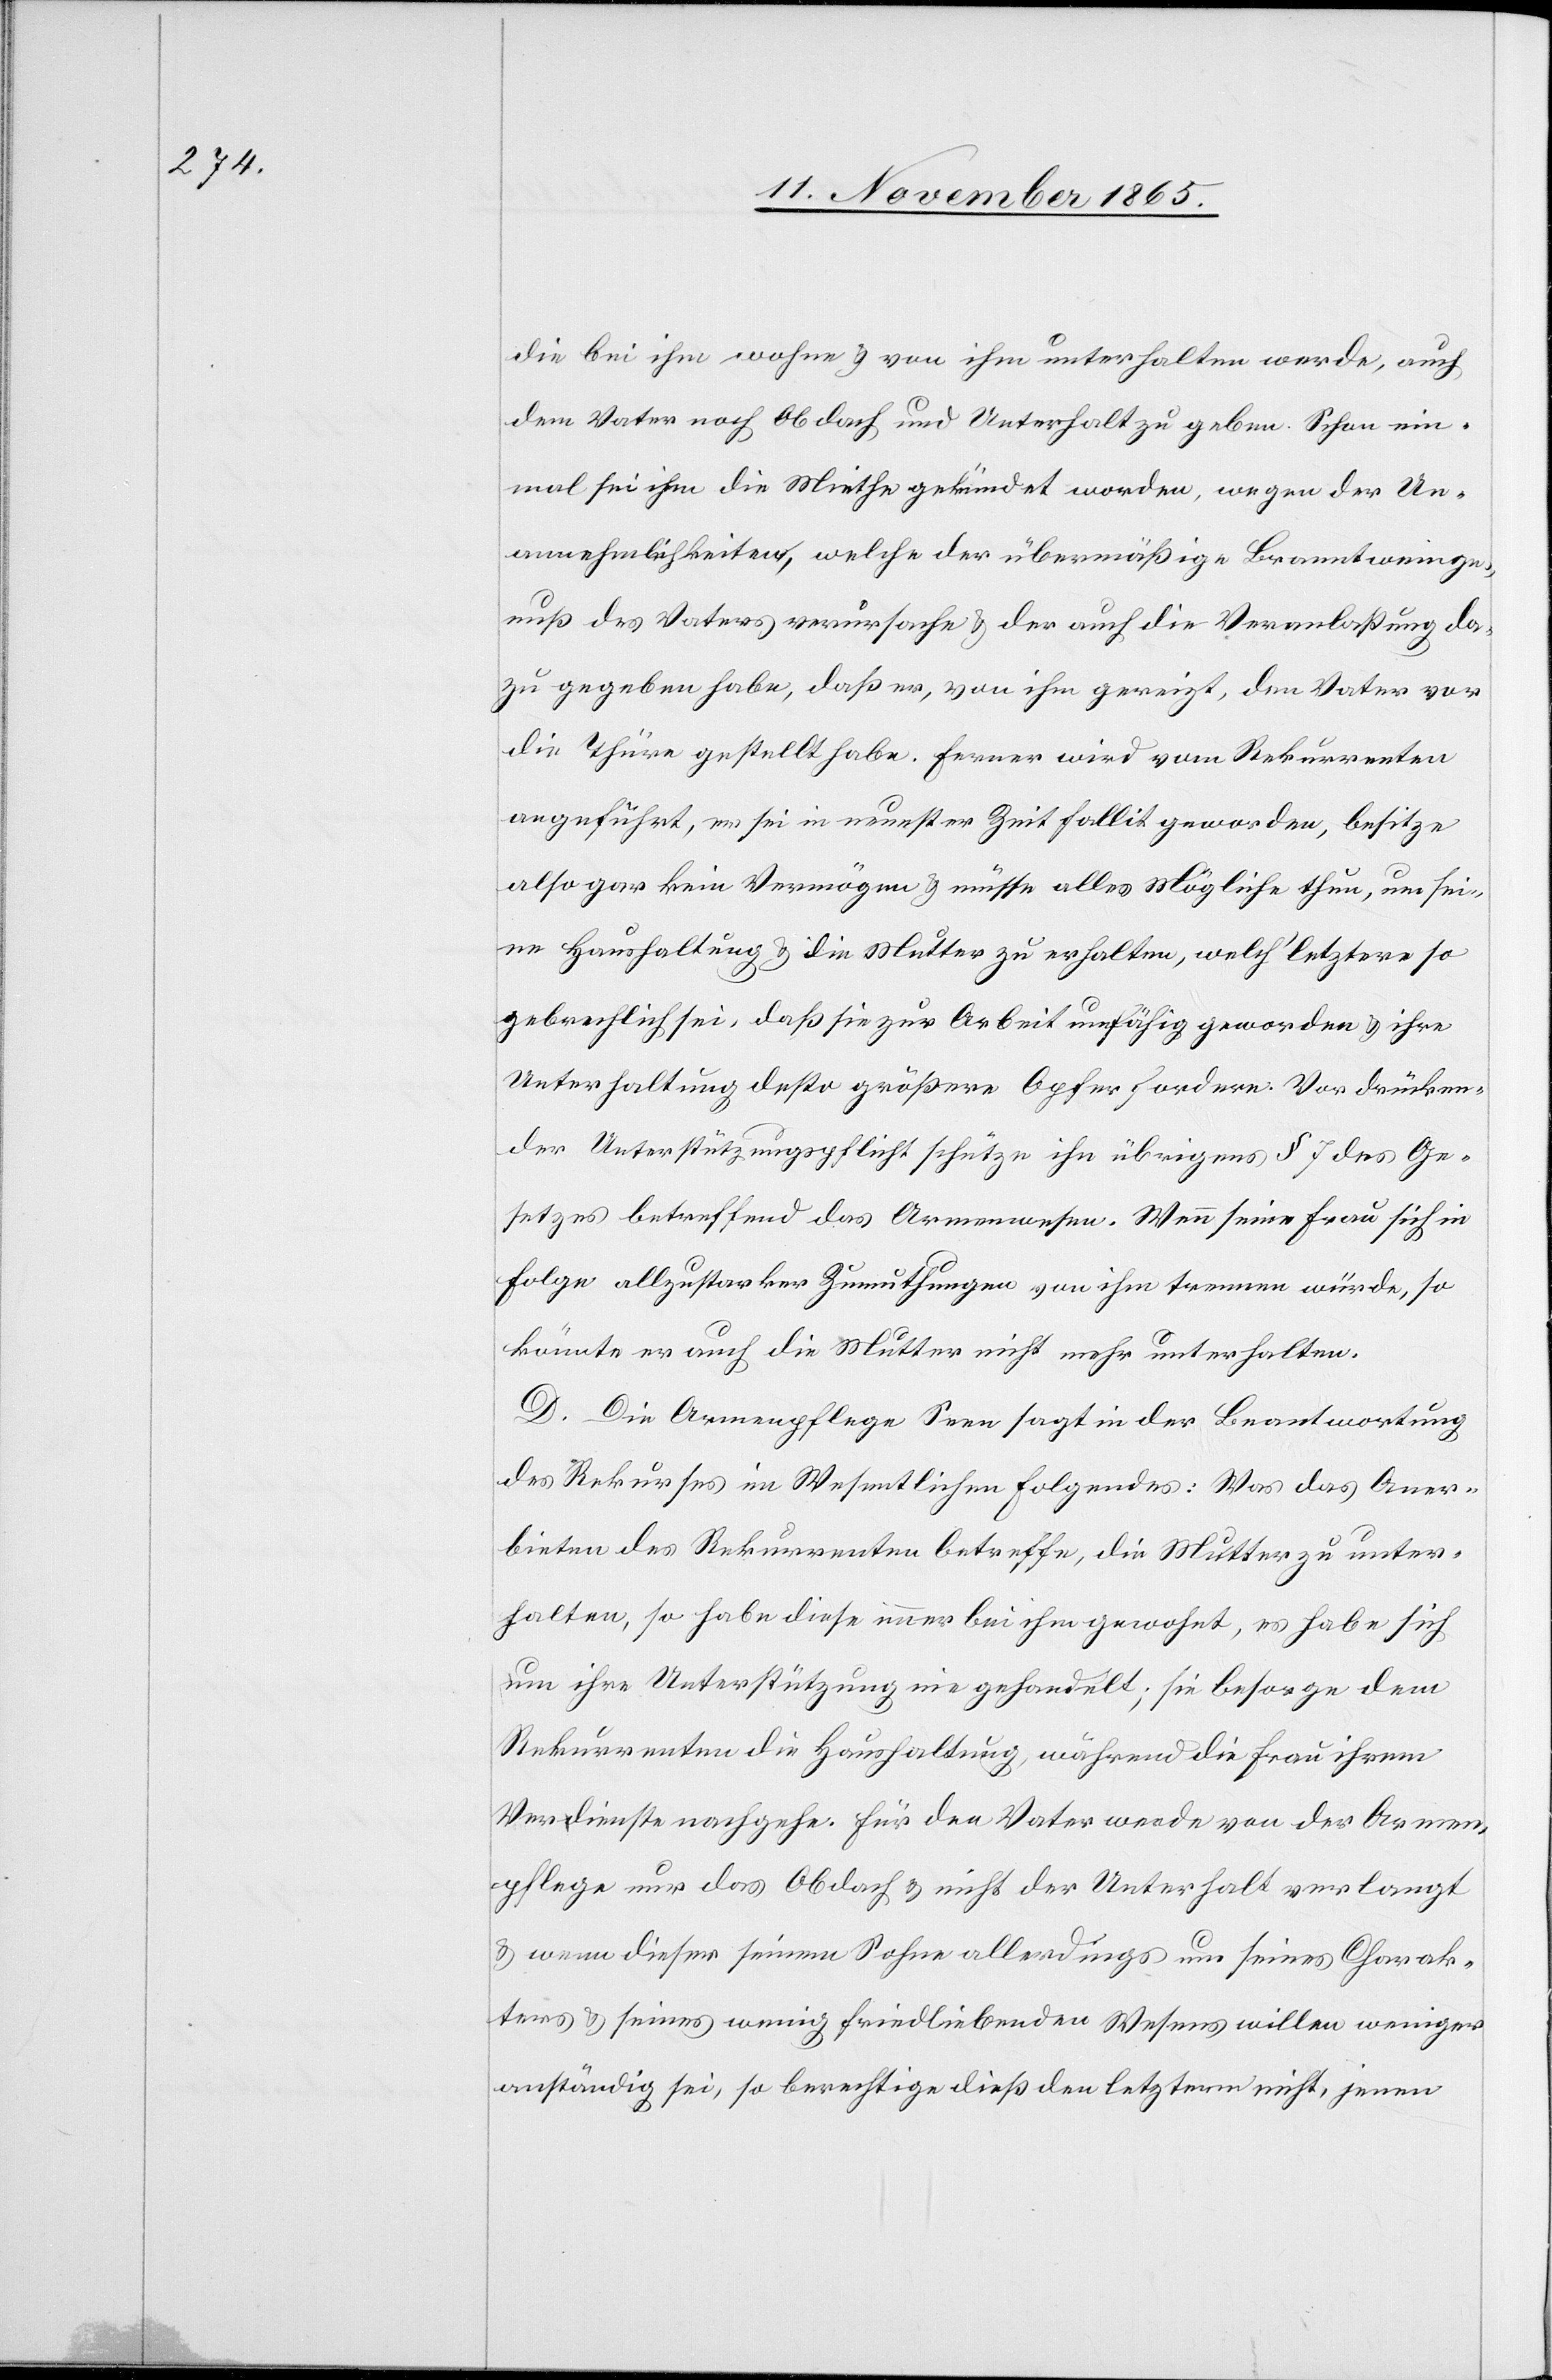
die bei ihm wohne & von ihm unterhalten werde, auch
dem Vater noch Obdach und Unterhalt zu geben. Schon ein¬
mal sei ihm die Miethe gekündet worden, wegen der Un¬
annehmlichkeiten, welche der übermäßige Branntweinge¬
nuß des Vaters verursache & der auch die Veranlaßung da¬
zu gegeben habe, daß er, von ihm gereizt, den Vater vor
die Thüre gestellt habe. Ferner wird vom Rekurrent
angeführt, er sei in neuester Zeit fallit geworden, besitze
also gar kein Vermögen & müsse alles Mögliche thun, um sei¬
ne Haushaltung & die Mutter zu erhalten, welch’ letztere so
gebrechlich sei, daß sie zur Arbeit unfähig geworden & ihre
Unterhaltung desto größere Opfer fordere. Vor drücken¬
der Unterstützungspflicht schütze ihn übrigens § 7 des Ge¬
setzes betreffend das Armenwesen. Wenn seine Frau sich in
Folge allzustarker Zumuthung von ihm trennen würde, so
könnte er auch die Mutter nicht mehr unterhalten.
D. Die Armenpflege Seen sagt in der Beantwortung
des Rekurses im Wesentlichen Folgendes: Was das Aner¬
bieten des Rekurrenten betreffe, die Mutter zu unter¬
halten, so habe diese immer bei ihm gewohnt, es habe sich
um ihre Unterstützung nie gehandelt; sie besorge dem
Rekurrenten die Haushaltung, während die Frau ihrem
Verdienste nachgehe. Für den Vater werde von der Armen¬
pflege nur das Obdach & nicht der Unterhalt verlangt
& wenn dieser seinem Sohne allerdings um seines Charak¬
ters & seines wenig friedliebenden Wesens willen weniger
anständig sei, so berechtige dieß den letztern nicht, jenen